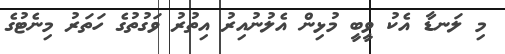
މި ލަނޑާ އެކު ވީބީ މުޅިން އެލުނުއިރު އިތުރު ވަގުތުގެ ހަތަރު މިނެޓުގެ